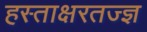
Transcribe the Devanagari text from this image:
हस्ताक्षरतज्ज्ञ